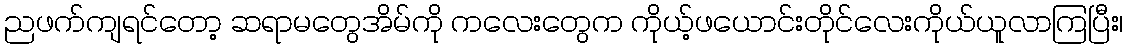
ညဖက်ကျရင်တော့ ဆရာမတွေအိမ်ကို ကလေးတွေက ကိုယ့်ဖယောင်းတိုင်လေးကိုယ်ယူလာကြပြီး၊